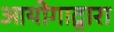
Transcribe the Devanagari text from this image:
आयोगाद्वारा